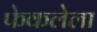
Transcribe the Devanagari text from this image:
फेकलेला